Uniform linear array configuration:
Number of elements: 8
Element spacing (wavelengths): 0.5
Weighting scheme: blackman
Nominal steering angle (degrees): -60
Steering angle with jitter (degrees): -58.545
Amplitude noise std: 0.05
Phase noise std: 0.05

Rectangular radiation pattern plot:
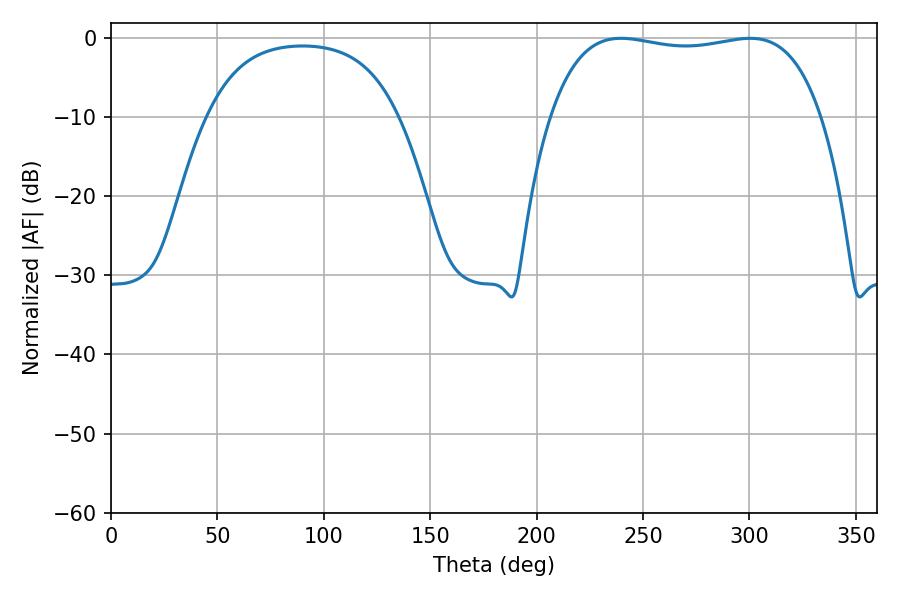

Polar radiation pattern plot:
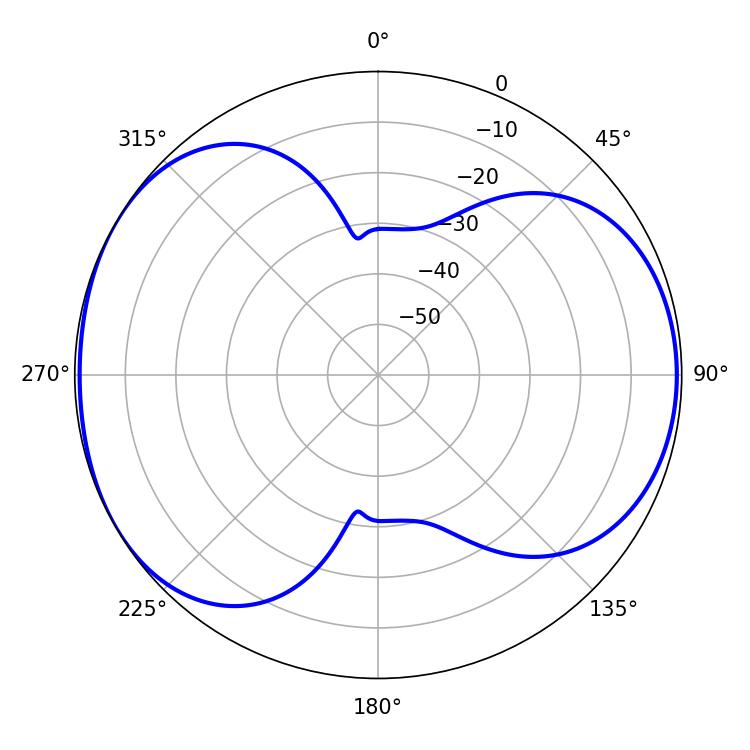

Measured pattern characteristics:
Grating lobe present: FALSE
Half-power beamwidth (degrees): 102.24
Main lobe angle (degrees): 239.58